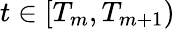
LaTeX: t\in[T_{m},T_{m+1})